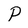
Character: P